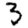
Digit: 3